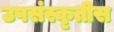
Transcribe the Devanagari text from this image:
उपसंस्कृतीस